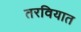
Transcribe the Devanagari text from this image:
तरवियात